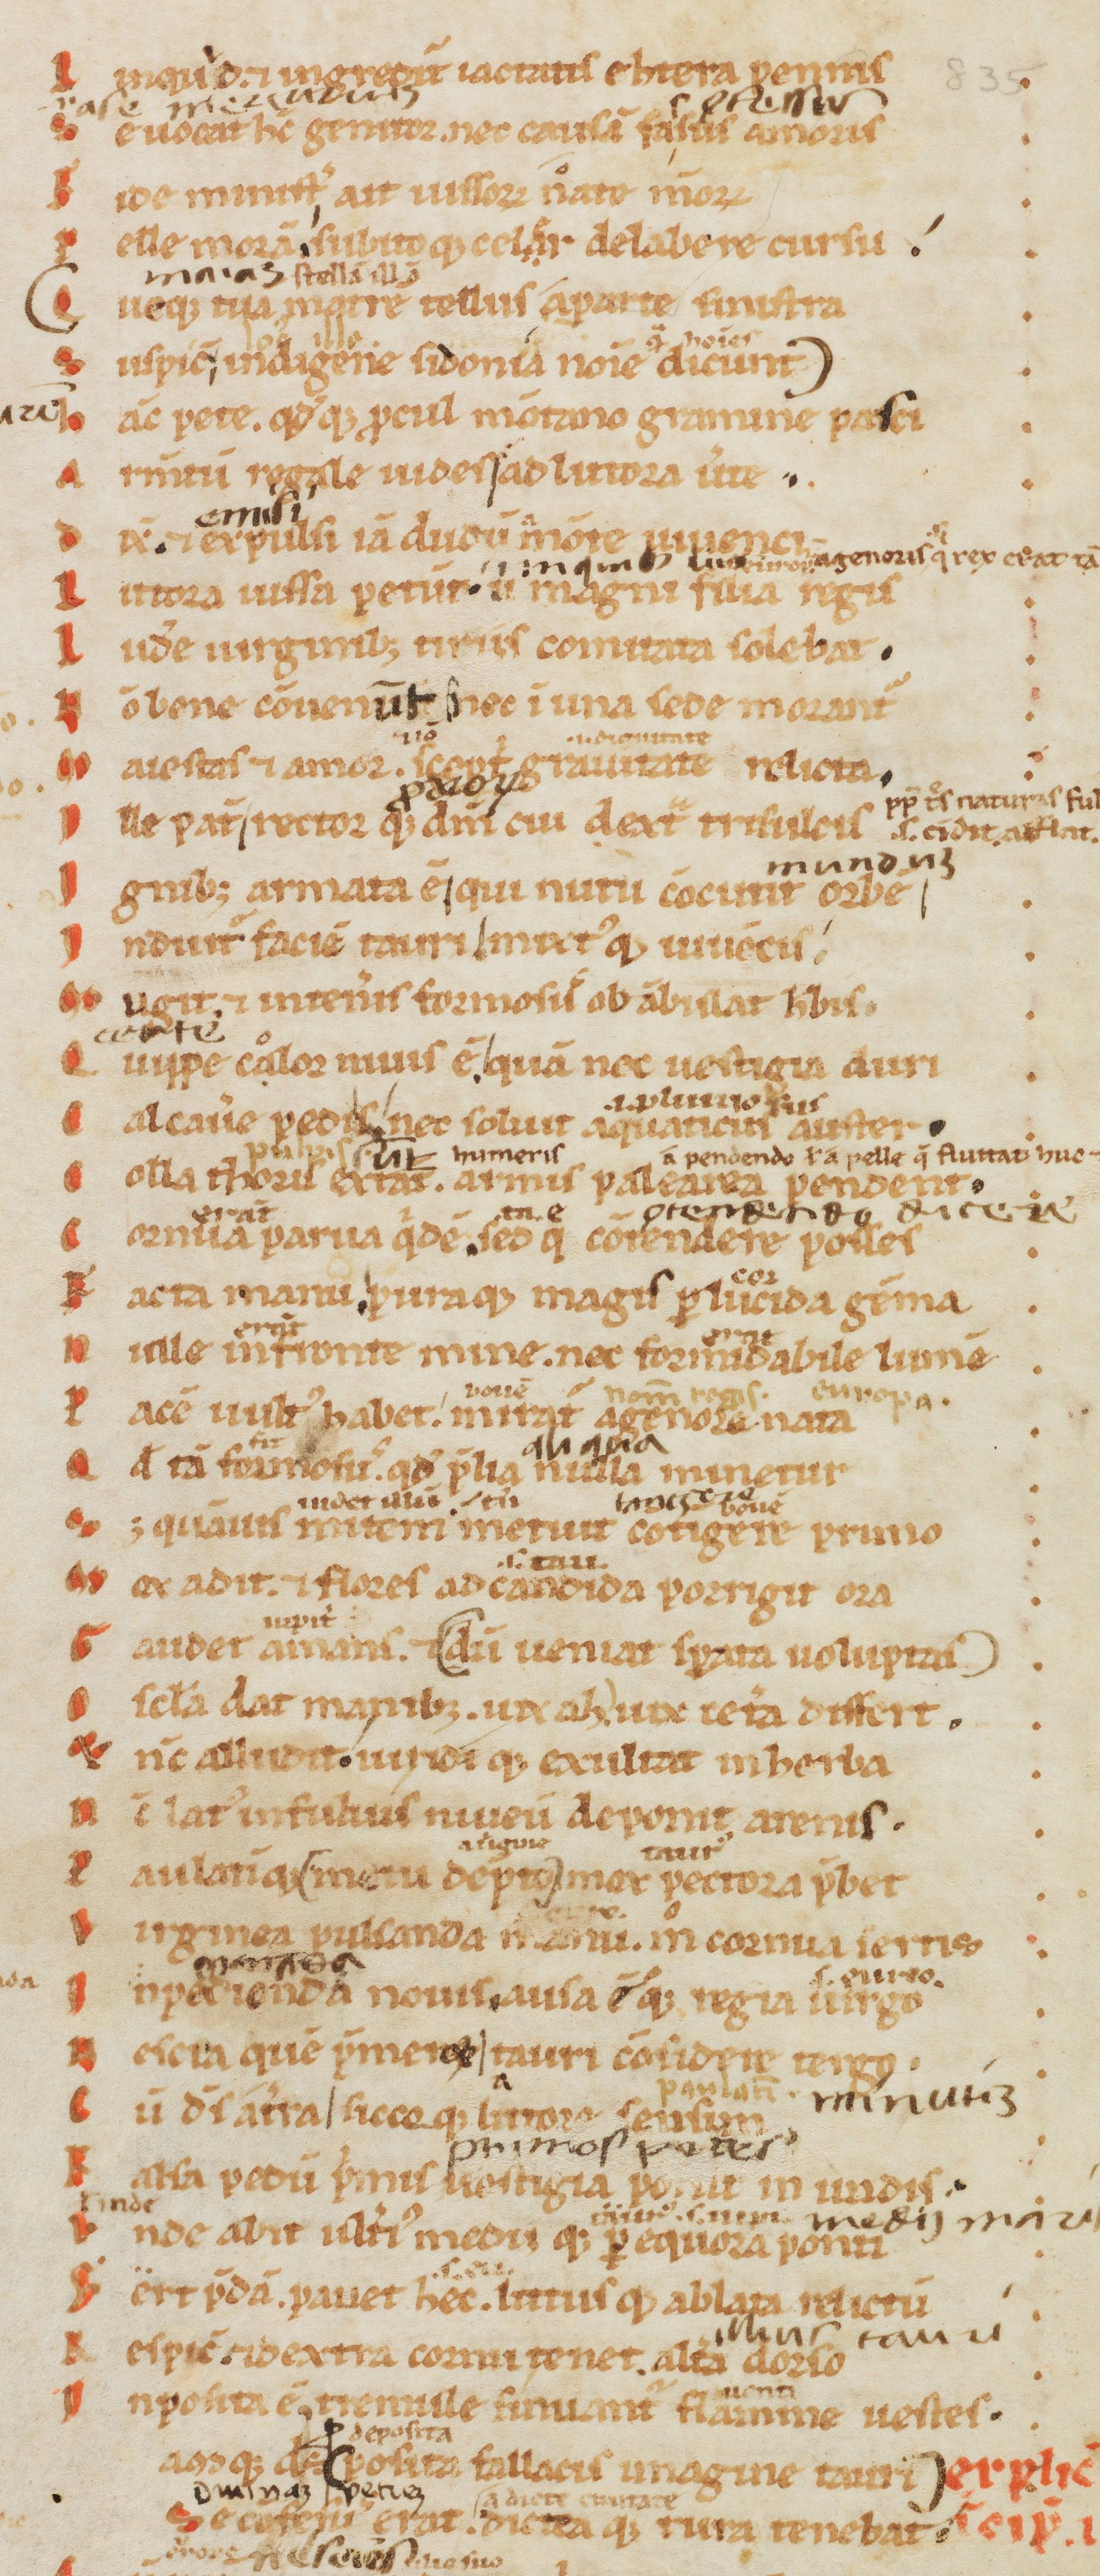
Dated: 1170–1199